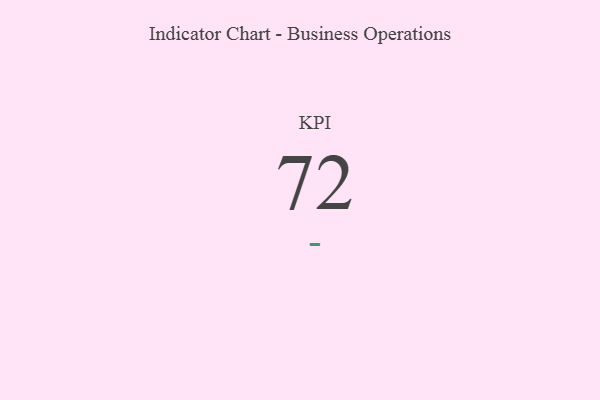
{"axis": {"x": "KPI", "y": "Value"}, "legend": [""], "data": [{"x": "KPI", "y": 72, "type": ""}]}